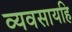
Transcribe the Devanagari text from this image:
व्यवसायहि